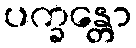
ပက္ခန္တော